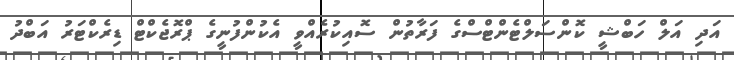
އަދި އަލް ހަބްޝީ ކޮންސަލްޓެންޓްސްގެ ފަރާތުން ސޮއިކުރެއްވީ އެކުންފުނީގެ ޕްރޮޖެކްޓް ޑިރެކްޓަރު އަބްދު